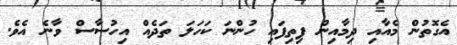
އެގޮތުން މެއާއި ދިމާއިން ފިތިފައި ހުންނަ ކަހަލަ ތަދެއް އިހުސާސް ވާނެ އެވެ.